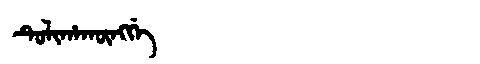
Manchu: ᡨᡠᠯᡳᡥᠠᡴᡡᠩᡤᡝ
Romanization: TULIHAKŪNGGE